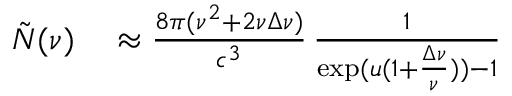
\begin{array} { r l } { \tilde { N } ( \nu ) } & { { } \approx \frac { 8 \pi ( \nu ^ { 2 } + 2 \nu \Delta \nu ) } { c ^ { 3 } } \, \frac { 1 } { \exp ( u ( 1 + \frac { \Delta \nu } { \nu } ) ) - 1 } } \end{array}